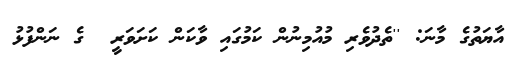
އާޔަތުގެ މާނަ: ''ތެދުވެރި މުއުމިނުން ކަމުގައި ވާކަން ކަށަވަރީ  ގެ ނަންފުޅު